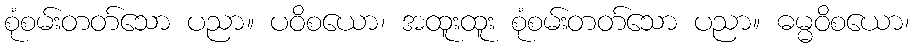
စုံစမ်းတတ်သော ပညာ။ ပဝိစယော၊ အထူးထူး စုံစမ်းတတ်သော ပညာ။ ဓမ္မဝိစယော၊